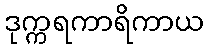
ဒုက္ကရကာရိကာယ